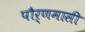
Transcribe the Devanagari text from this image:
पौर्णमासी